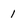
Character: 1